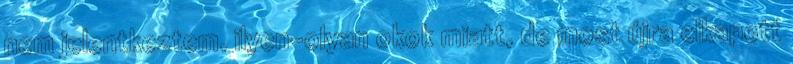
nem jelentkeztem, ilyen-olyan okok miatt, de most újra elkapott